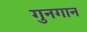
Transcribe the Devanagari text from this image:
गुनगान